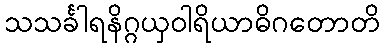
သသင်္ခါရနိဂ္ဂယှဝါရိယာဓိဂတောတိ